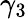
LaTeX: \gamma_{3}